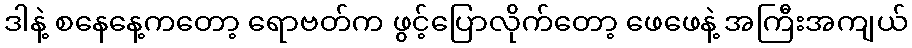
ဒါနဲ့ စနေနေ့ကတော့ ရောဗတ်က ဖွင့်ပြောလိုက်တော့ ဖေဖေနဲ့ အကြီးအကျယ်